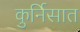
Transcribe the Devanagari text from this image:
कुर्निसात